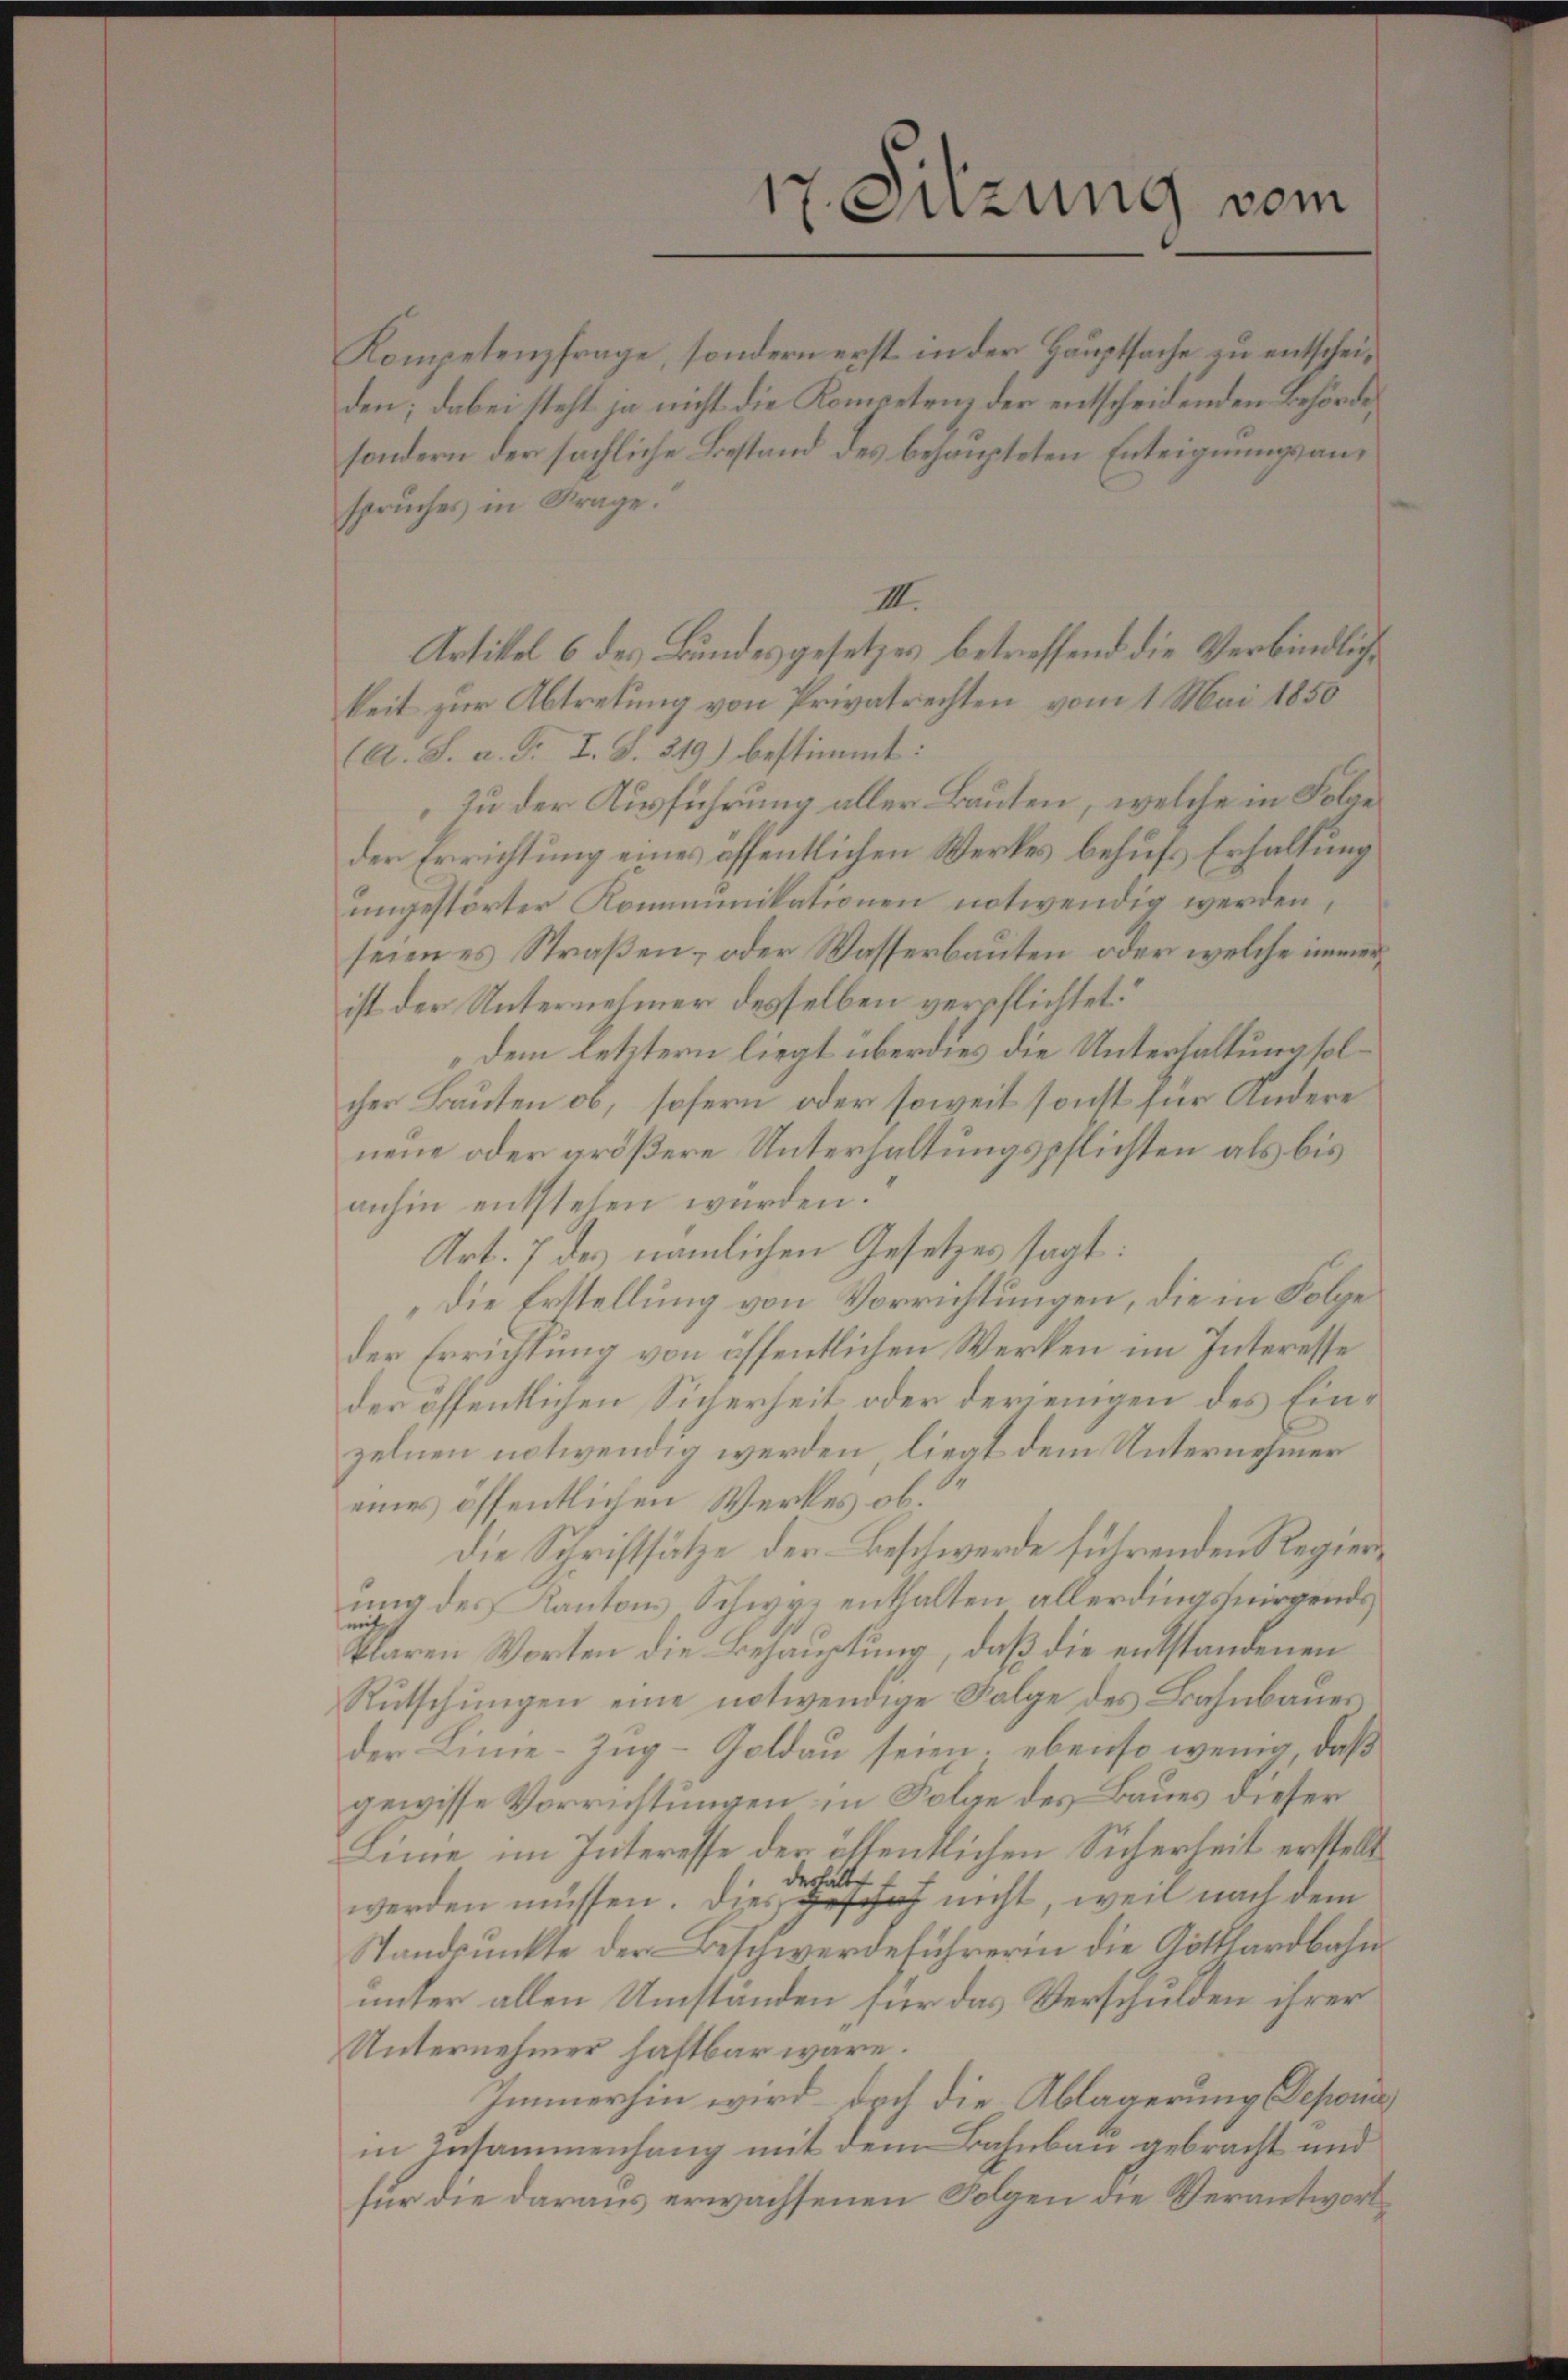
spruches in Frage.“
III.
Artikel 6 des Bundesgesetzes betreffend die Verbindlichkeit zur Abtretung von Privatrechten vom 1. Mai 1850
(A. S. a. G. I. S. 319) bestimmt:
Zu der Ausführung aller Bauten, welche in Folge
der Errichtung eines öffentlichen Werkes behufs Erhaltung
ungestörter Kommunikationen notwendig werden,
seien es Straßen, oder Wasserbauten, oder welche immer
ist der Unternehmer desselben verpflichtet.
Dem letztern liegt überdies die Unterhaltung solcher Bauten ob, sofern oder soweit sonst für Andere
neue oder größere Unterhaltungspflichten als bis
anhin entstehen würden.
Art. 7 des nämlichen Gesetzes sagt:
Die Erstellung von Vorrichtungen, die in Folge
der Errichtung von öffentlichen Werken im Interesse
der öffentlichen Sicherheit oder derjenigen des Einzelnen notwendig werden, liegt dem Unternehmen
eines öffentlichen Werkes ob.
die Schriftsätze der Beschwerde führenden Regierung des Kantons Schwyz enthalten allerdings nirgends,
Plaren Worten die Behauptung, daß die entstandenen
Rutschungen eine notwendige Folge des Bahnbaues
der Linie-Zug–Goldau seien, ebenso wenig, daß
gewisse Vorrichtungen in Folge des Baues dieser
Linie im Interesse der öffentlichen Sicherheit erstellt
werden müssen. Diese ich nicht, weil nach dem
Standpunkte der Beschwerdeführerin die Gotthardbahnunter allen Umständen für das Verschulden ihrer
Unternehmer haftbar wäre.
Immerhin wird doch die Ablagerung Deponi
in Zusammenhang mit dem Bahnbau gebracht und
für die daraus erwachsenen Folgen die Verantwort

17. Sitzung vom

Kompetenzfrage, sondern erst in der Hauptsache zu entscheiden; dabei steht ja nicht die Kompetenz der entscheidenden Behörde,
sondern der sächliche Bestand des behaupteten Enteignungsan¬